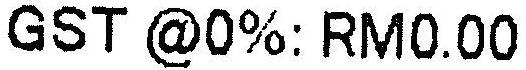
GST @0%: RM0.00